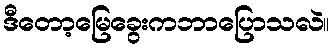
ဒီတော့မြေခွေးကဘာပြောသလဲ။